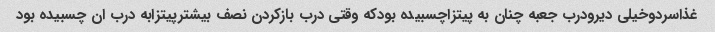
غذاسردوخیلی دیرودرب جعبه چنان به پیتزاچسبیده بودکه وقتی درب بازکردن نصف بیشترپیتزابه درب ان چسبیده بود